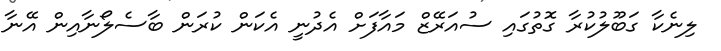
ލިނެކާ ގަބޫލުކުރާ ގޮތުގައި ސުއަރޭޒް މައާފަށް އެދުނީ އެކަން ކުރަން ބާސެލޯނާއިން އޭނާ